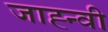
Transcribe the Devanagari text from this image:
जाह्न्वी